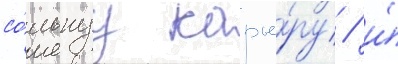
со́льнуу карье́ру / и́